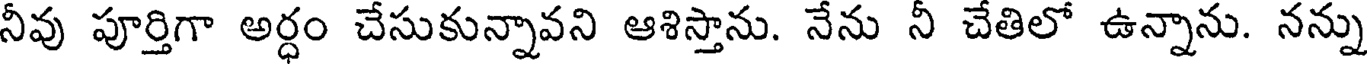
నీవు పూర్తిగా అర్ధం చేసుకున్నావని ఆశిస్తాను. నేను నీ చేతిలో ఉన్నాను. నన్ను